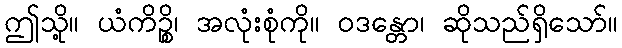
ဤသို့။ ယံကိဉ္စိ၊ အလုံးစုံကို။ ဝဒန္တော၊ ဆိုသည်ရှိသော်။